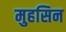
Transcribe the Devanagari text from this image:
मुहसिन